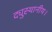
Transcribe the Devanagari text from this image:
द्युस्थानीय।